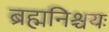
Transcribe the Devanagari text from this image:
ब्रह्मनिश्चयः